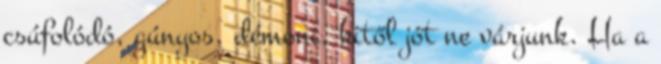
csúfolódó, gúnyos, démoni, kitől jót ne várjunk. Ha a